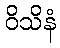
ဝိသိနံ